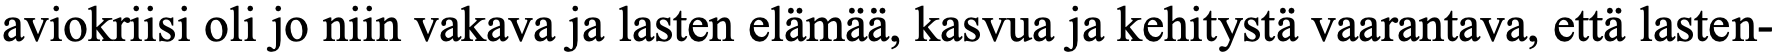
aviokriisi oli jo niin vakava ja lasten elämää, kasvua ja kehitystä vaarantava, että lasten-